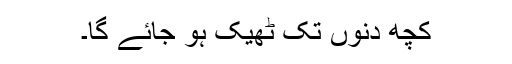
کچھ دنوں تک ٹھیک ہو جائے گا۔